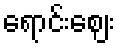
ရောင်းဈေး